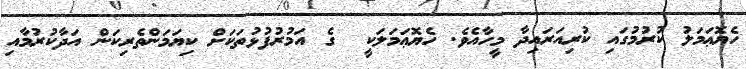
ހެޔޮޢަމަލު ކުރުމުގައި ކުރިއަރައިދާ މީހާއެވެ. ހެޔޮޢަމަލަކީ  ގެ އަމުރުފުޅުތަކަށް ކިޔަމަންތެރިކަން އަދާކުރުމާއި